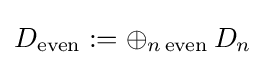
D_{\text{even}}:=\oplus _{n\,{\text{even}}}\,D_{n}